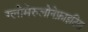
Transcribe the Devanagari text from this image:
ग्लोमेरुलोनेफ्राइटिस